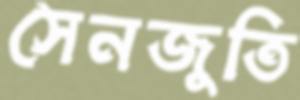
সেনজুতি